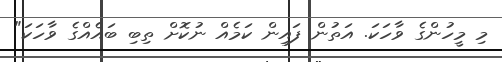
މި މީހުންގެ ވާހަކަ. އަތުން ފައިން ކަމެއް ނުކޮށް ތިބި ބައެއްގެ ވާހަކަ"